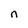
Character: n